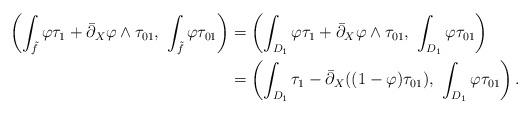
LaTeX: \begin{align*}\begin{aligned}\left(\int_{\tilde f} \varphi \tau_1 + \bar{\partial}_X\varphi \wedge \tau_{01},\,\,\int_{\tilde f} \varphi \tau_{01}\right)&=\left(\int_{D_1} \varphi \tau_1 + \bar{\partial}_X\varphi \wedge \tau_{01},\,\,\int_{D_1} \varphi \tau_{01}\right) \\&=\left(\int_{D_1} \tau_1 - \bar{\partial}_X((1 - \varphi)\tau_{01}),\,\,\int_{D_1} \varphi \tau_{01}\right).\end{aligned}\end{align*}